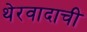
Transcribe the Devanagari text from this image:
थेरवादाची